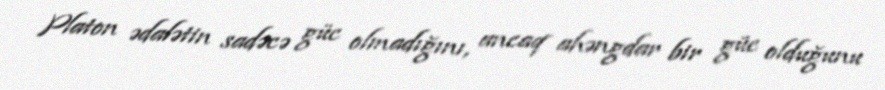
Platon ədalətin sadəcə güc olmadığını, ancaq ahəngdar bir güc olduğunu